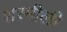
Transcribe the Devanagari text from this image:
शरमीली